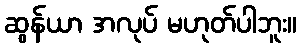
ဆွန်ယာ အလုပ် မဟုတ်ပါဘူး။